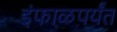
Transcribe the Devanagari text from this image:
इंफाळपर्यंत